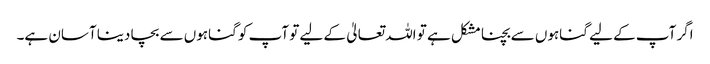
اگر آپ کے لیے گناہوں سے بچنا مشکل ہے تو اللہ تعالیٰ کے لیے تو آپ کو گناہوں سے بچا دینا آسان ہے۔